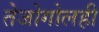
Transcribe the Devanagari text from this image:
तेजोगोलही